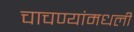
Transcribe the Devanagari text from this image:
चाचण्यांमधली